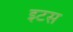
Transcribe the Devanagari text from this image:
इटस